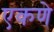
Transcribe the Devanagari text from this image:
एकणे